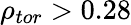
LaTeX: \rho_{tor}>0.28